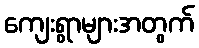
ကျေးရွာများအတွက်